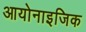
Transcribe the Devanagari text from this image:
आयोनाइजिक